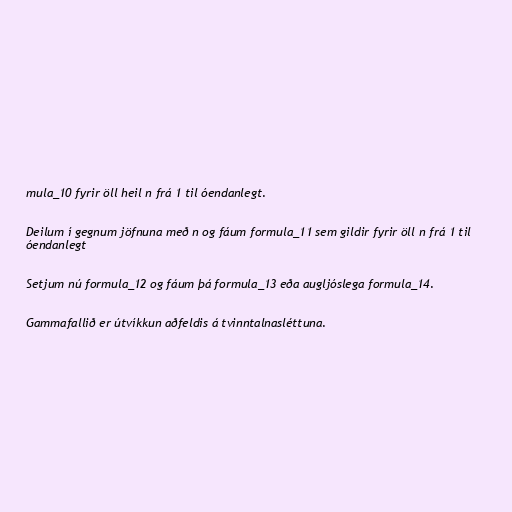
mula_10 fyrir öll heil n frá 1 til óendanlegt.

Deilum í gegnum jöfnuna með n og fáum formula_11 sem gildir fyrir öll n frá 1 til
óendanlegt

Setjum nú formula_12 og fáum þá formula_13 eða augljóslega formula_14.

Gammafallið er útvíkkun aðfeldis á tvinntalnasléttuna.